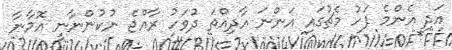
އަދި އެންމެ ފަހު މެޗުގައި އަންނަ އާދިއްތަ ދުވަހު ރާއްޖެ ނުކުންނާނީ އޮމާނާ